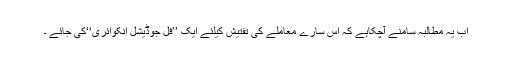
اب یہ مطالبہ سامنے آچکاہے کہ اس سارے معاملے کی تفتیش کیلئے ایک ’’فل جوڈیشل انکوائری‘‘کی جائے ۔